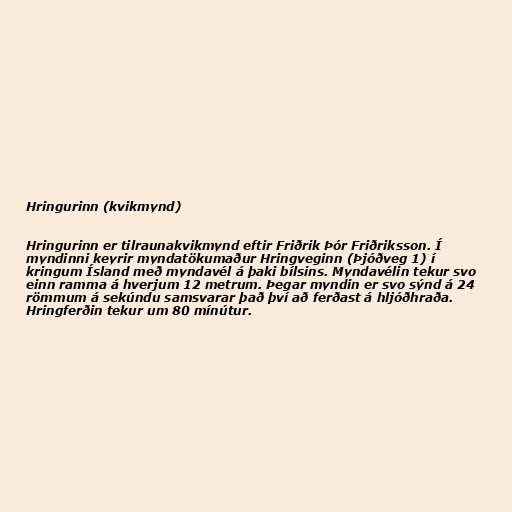
Hringurinn (kvikmynd)

Hringurinn er tilraunakvikmynd eftir Friðrik Þór Friðriksson. Í
myndinni keyrir myndatökumaður Hringveginn (Þjóðveg 1) í
kringum Ísland með myndavél á þaki bílsins. Myndavélin tekur svo
einn ramma á hverjum 12 metrum. Þegar myndin er svo sýnd á 24
römmum á sekúndu samsvarar það því að ferðast á hljóðhraða.
Hringferðin tekur um 80 mínútur.